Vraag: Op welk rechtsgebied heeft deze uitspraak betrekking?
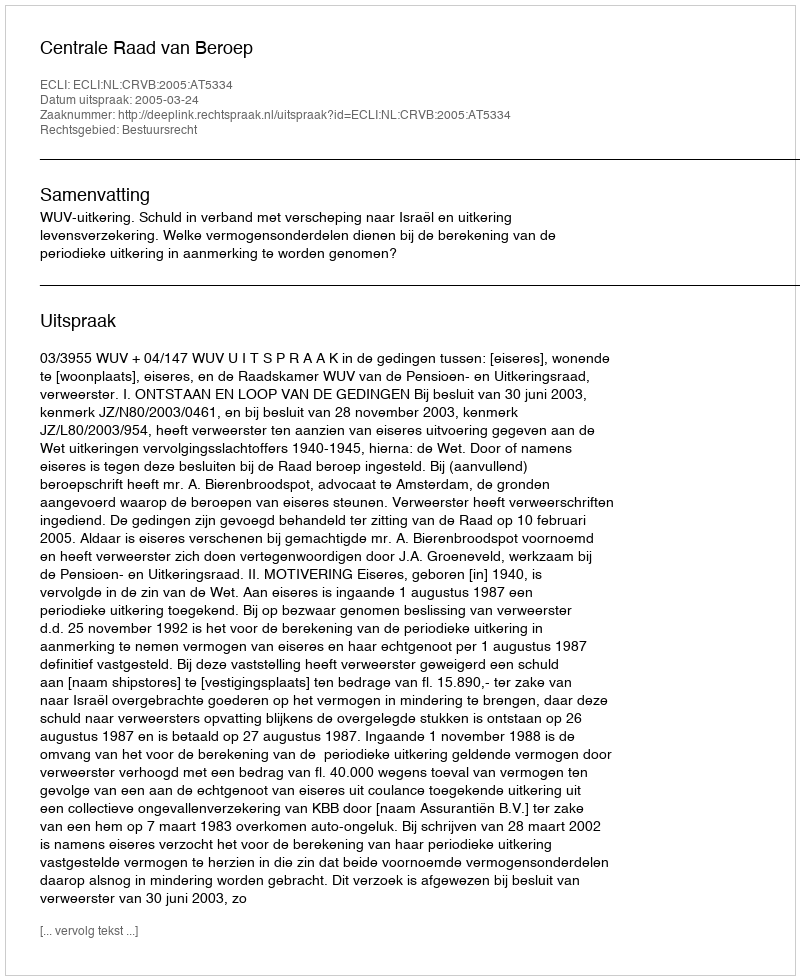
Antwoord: Bestuursrecht